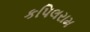
કપિલરામ